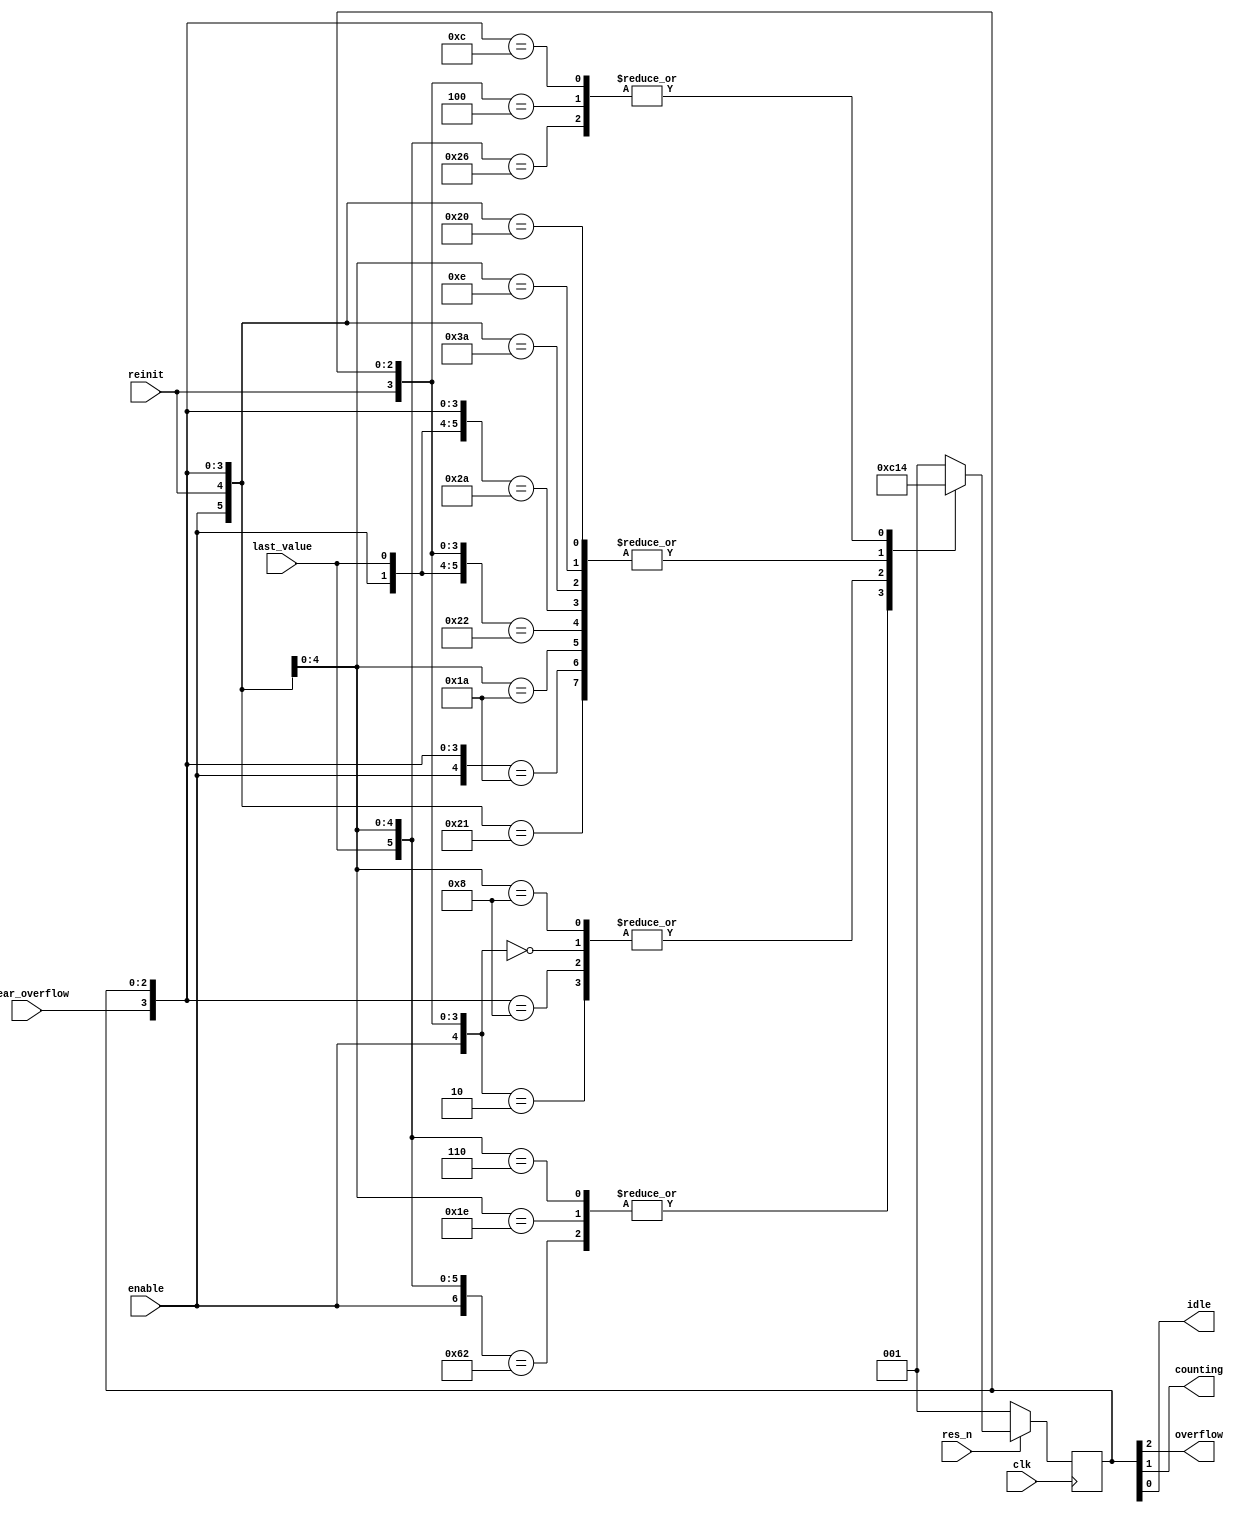
/**
 reg fsm_enable;
reg fsm_last_value;
reg fsm_reinit;
reg fsm_clear_overflow;

wire fsm_overflow;
wire fsm_counting;
wire fsm_idle;

counter_fsm counter_fsm_I (

    .clk(), 
    .res_n(), 
	//-- Inputs
	.enable(fsm_enable), 
	.last_value(fsm_last_value), 
	.reinit(fsm_reinit), 
	.clear_overflow(fsm_clear_overflow), 

	//-- Outputs
	.overflow(fsm_overflow), 
	.counting(fsm_counting), 
	.idle(fsm_idle)
);

 */
module counter_fsm ( 
    input wire clk, 
    input wire res_n, 

    // Inputs
    //------------ 
    input wire enable, 
    input wire last_value, 
    input wire reinit, 
    input wire clear_overflow, 

    // Outputs
    //------------ 
    output wire overflow, 
    output wire counting, 
    output wire idle
 );

localparam IDLE = 3'b001;
localparam COUNT = 3'b010;
localparam OVERFLOW = 3'b110;
localparam PAUSE = 3'b000;
localparam OVERFLOW_ERROR = 3'b100;

reg [2:0] current_state, next_state;
assign {overflow, counting, idle} = current_state;

wire [3:0] inputvector;
assign inputvector = {enable, last_value, reinit, clear_overflow};


always @(*) begin
  casex({inputvector, current_state})
    {4'bxx01, IDLE},
    {4'b0x0x, IDLE},
    {4'bxxx1, IDLE}:   next_state = IDLE;
    {4'b1x00, IDLE}:   next_state = COUNT;
    {4'b1x11, COUNT},
    {4'b10x1, COUNT},
    {4'b100x, COUNT},
    {4'bxx11, COUNT},
    {4'b1xx1, COUNT}:   next_state = COUNT;
    {4'b1100, COUNT}:   next_state = OVERFLOW;
    {4'b0x0x, COUNT}:   next_state = PAUSE;
    {4'bx000, OVERFLOW},
    {4'bxx11, OVERFLOW}:   next_state = OVERFLOW;
    {4'bxx01, OVERFLOW}:   next_state = COUNT;
    {4'bx100, OVERFLOW}:   next_state = OVERFLOW_ERROR;
    {4'bxx01, PAUSE},
    {4'b0x0x, PAUSE},
    {4'bxxx1, PAUSE}:   next_state = PAUSE;
    {4'b1x00, PAUSE}:   next_state = COUNT;
    {4'bxxx1, OVERFLOW_ERROR},
    {4'bxx0x, OVERFLOW_ERROR}:   next_state = OVERFLOW_ERROR;
    {4'bxx10, 3'bxxx}:   next_state = IDLE;
    default:  next_state = IDLE;
  endcase
end

`ifdef ASYNC_RES
 always @(posedge clk or negedge res_n ) begin
`else
 always @(posedge clk) begin
`endif
    if (!res_n)
    begin
        current_state <= IDLE;
    end
    else begin
        current_state <= next_state;
    end
end

`ifdef CAG_COVERAGE
// synopsys translate_off

	// State coverage
	//--------

	//-- Coverage group declaration
	covergroup cg_states @(posedge clk);
		states : coverpoint current_state {
			bins IDLE = {IDLE};
			bins COUNT = {COUNT};
			bins OVERFLOW = {OVERFLOW};
			bins PAUSE = {PAUSE};
			bins OVERFLOW_ERROR = {OVERFLOW_ERROR};
		}
	endgroup : cg_states

	//-- Coverage group instanciation
	cg_states state_cov_I;
	initial begin
		state_cov_I = new();
		state_cov_I.set_inst_name("state_cov_I");
	end

	// Transitions coverage
	//--------

	tc_enable_Enable: cover property( @(posedge clk) disable iff (!res_n)(inputvector ==? 4'b1x00) &&(current_state == IDLE)|=> (current_state == COUNT));

	tc_trans_2_default: cover property( @(posedge clk) disable iff (!res_n) (current_state == COUNT)|=> (current_state == COUNT) );

	tc_overflow: cover property( @(posedge clk) disable iff (!res_n)(inputvector ==? 4'b1100) &&(current_state == COUNT)|=> (current_state == OVERFLOW));

	tc_trans_4_default: cover property( @(posedge clk) disable iff (!res_n) (current_state == IDLE)|=> (current_state == IDLE) );

	tc_trans_5: cover property( @(posedge clk) disable iff (!res_n)(inputvector ==? 4'b0x0x) &&(current_state == COUNT)|=> (current_state == PAUSE));

	tc_trans_6_default: cover property( @(posedge clk) disable iff (!res_n) (current_state == OVERFLOW)|=> (current_state == OVERFLOW) );

	tc_trans_7_default: cover property( @(posedge clk) disable iff (!res_n) (current_state == PAUSE)|=> (current_state == PAUSE) );

	tc_trans_8: cover property( @(posedge clk) disable iff (!res_n)(inputvector ==? 4'b1x00) &&(current_state == PAUSE)|=> (current_state == COUNT));

	tc_clear_overflow: cover property( @(posedge clk) disable iff (!res_n)(inputvector ==? 4'bxx01) &&(current_state == OVERFLOW)|=> (current_state == COUNT));

	tc_trans_10: cover property( @(posedge clk) disable iff (!res_n)(inputvector ==? 4'bx100) &&(current_state == OVERFLOW)|=> (current_state == OVERFLOW_ERROR));

	tc_trans_11_default: cover property( @(posedge clk) disable iff (!res_n) (current_state == OVERFLOW_ERROR)|=> (current_state == OVERFLOW_ERROR) );

// synopsys translate_on
`endif


endmodule